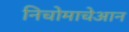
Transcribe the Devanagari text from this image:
निचोमाचेआन